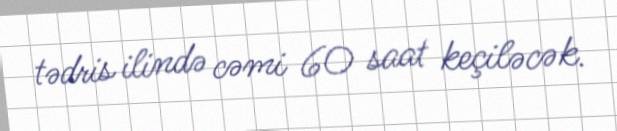
tədris ilində cəmi 60 saat keçiləcək.